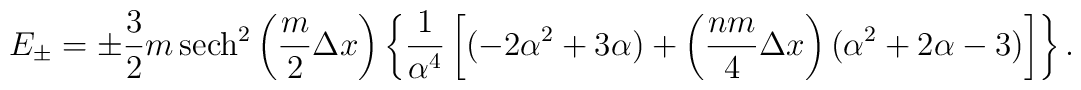
E_{\pm}=\pm\frac{3}{2}m\,{\rm sech}^{2}\left(\frac{m}{2}\Delta x\right)\left\{\frac{1}{\alpha^{4}}\left[(-2\alpha^{2}+3\alpha)+\left(\frac{nm}{4}\Delta x\right)(\alpha^{2}+2\alpha-3)\right]\right\}.